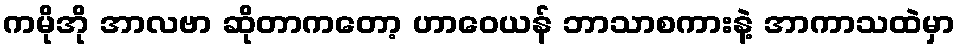
ကမိုအို အာလဗာ ဆိုတာကတော့ ဟာဝေယန် ဘာသာစကားနဲ့ အာကာသထဲမှာ